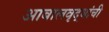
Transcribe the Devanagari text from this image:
आबालवृद्धांची